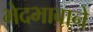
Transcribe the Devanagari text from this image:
भेदभावाने